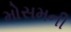
મોસમની